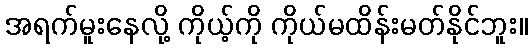
အရက်မူးနေလို့ ကိုယ့်ကို ကိုယ်မထိန်းမတ်နိုင်ဘူး။